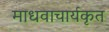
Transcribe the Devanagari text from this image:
माधवाचार्यकृत